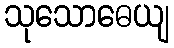
သုသောဓေယျ